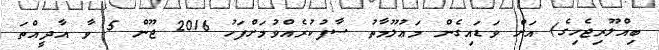
ބިއްލޫރިޖެހިގެ) އަށް ވަޑައިގެން މަޢުލޫމާތު ސާފުކުރެއްވުމަށްފަހު 2016 ޖޫން 5 ވާ އާދީއްތަ